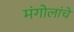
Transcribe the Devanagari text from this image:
मंगोलांचे